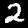
Digit: 2